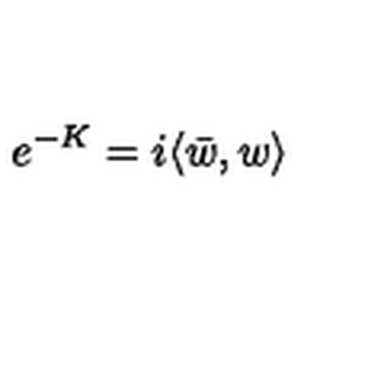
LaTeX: e ^ { - K } = i \langle \bar { w } , w \rangle